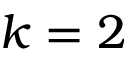
k = 2